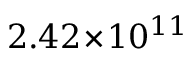
2 . 4 2 \! \times \! 1 0 ^ { 1 1 }